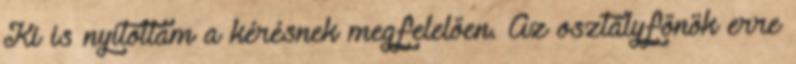
Ki is nyitottam a kérésnek megfelelően. Az osztályfőnök erre